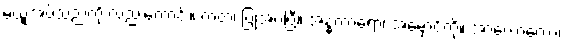
မယူအပ်သည်ကို လည်းကောင်း။ ကတံ၊ ပြုအပ်ပြီ။ အန္ဓကာရော၊ အမှောင်ကို။ အာလောကော၊